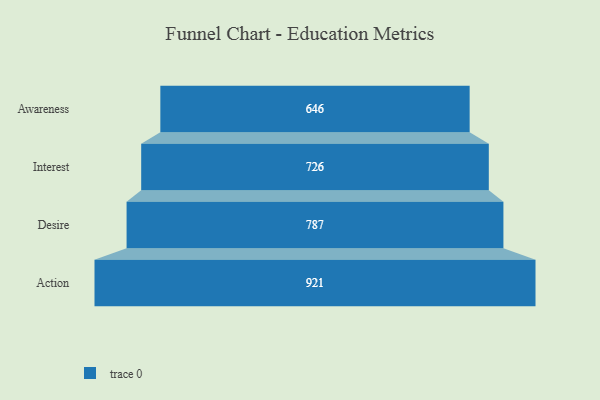
{"axis": {"x": "Stage", "y": "Value"}, "legend": [""], "data": [{"x": "Awareness", "y": 646.0, "type": ""}, {"x": "Interest", "y": 726.0, "type": ""}, {"x": "Desire", "y": 787.0, "type": ""}, {"x": "Action", "y": 921.0, "type": ""}]}